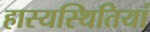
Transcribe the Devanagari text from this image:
हास्यस्थितियां